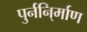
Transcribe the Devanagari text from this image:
पुर्ननि्र्माण